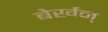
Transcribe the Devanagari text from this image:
बेर्खन्